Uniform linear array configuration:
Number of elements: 64
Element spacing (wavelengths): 0.25
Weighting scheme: exponential
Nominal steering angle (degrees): -60
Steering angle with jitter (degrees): -60.304
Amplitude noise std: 0.05
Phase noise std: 0.05

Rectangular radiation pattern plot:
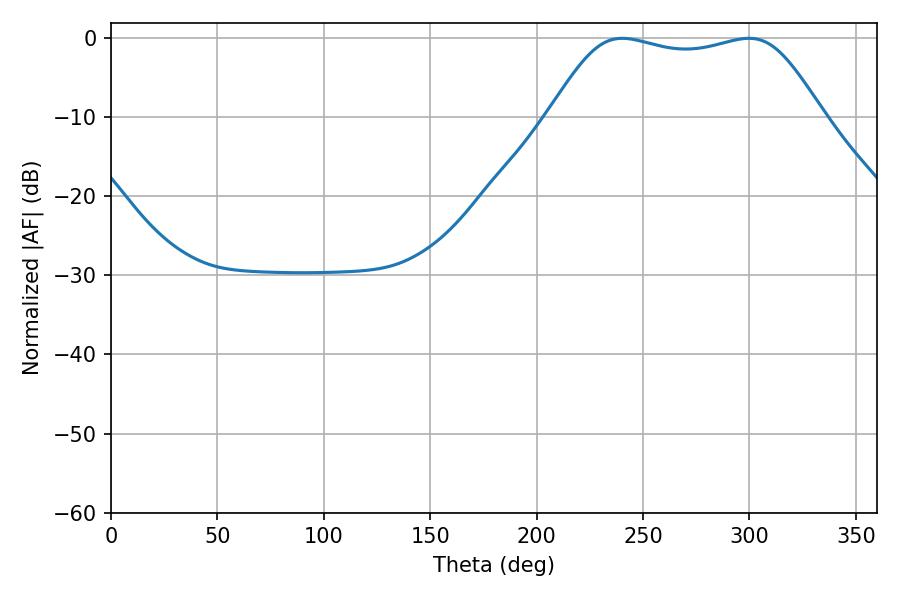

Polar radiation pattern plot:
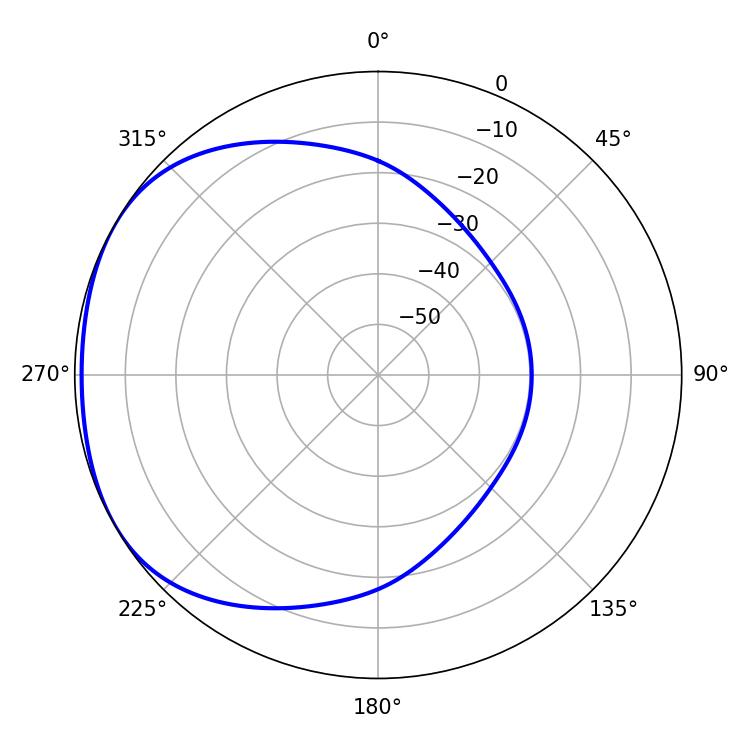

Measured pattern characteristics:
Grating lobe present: FALSE
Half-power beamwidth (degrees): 97.2
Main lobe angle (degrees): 240.3